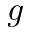
g